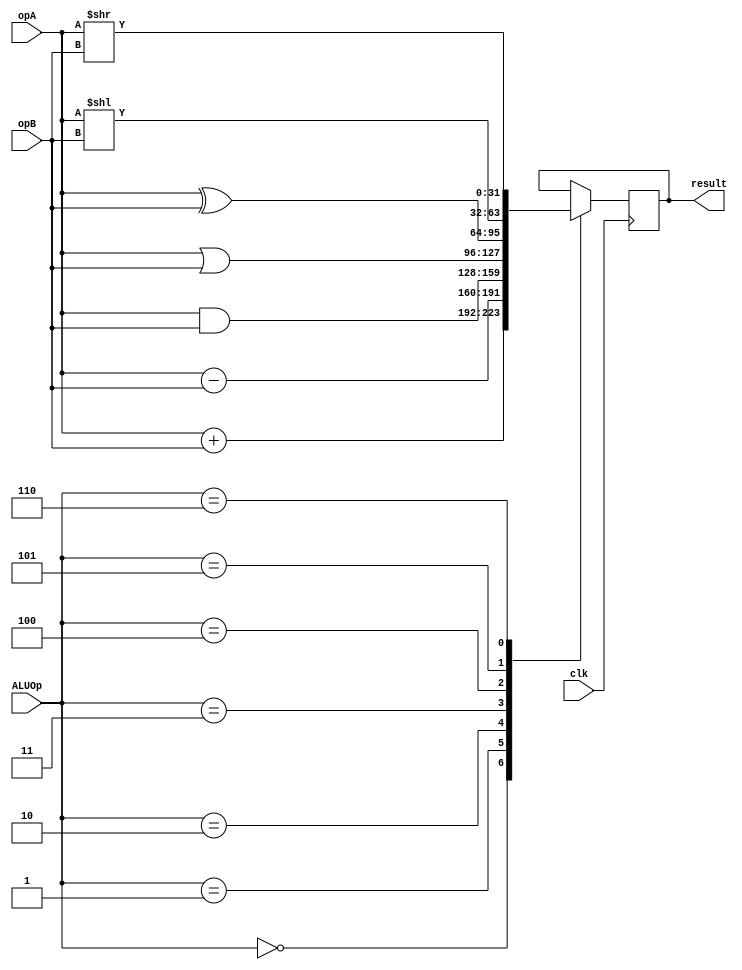
module ALU(ALUOp, opA, opB, clk, result);

input [3:0] ALUOp;
input clk;
input [31:0] opA, opB;
output reg [31:0] result;


always@(posedge clk)
begin
        case(ALUOp)
        4'b0000 : result <= opA +  opB;
        4'b0001 : result <= opA -  opB;
        4'b0010 : result <= opA &  opB;
        4'b0011 : result <= opA |  opB;
        4'b0100 : result <= opA ^  opB;
        4'b0101 : result <= opA << opB;
        4'b0110 : result <= opA >> opB;
        endcase
end
endmodule